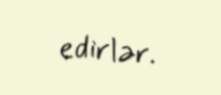
edirlər.